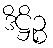
ဒိဋ္ဌိဉ္စ